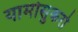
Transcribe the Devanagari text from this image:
यामोसुकरो